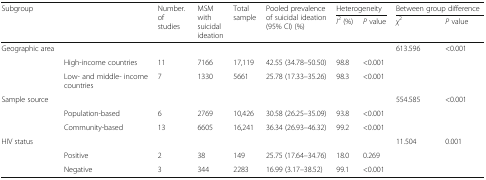
<table><thead><tr><td rowspan="2"><b>Subgroup</b></td><td rowspan="2"></td><td rowspan="2"><b>Number. of studies</b></td><td rowspan="2"><b>MSM with suicidal ideation</b></td><td rowspan="2"><b>Total sample</b></td><td rowspan="2"><b>Pooled prevalence of suicidal ideation (95% CI) (%)</b></td><td colspan="2"><b>Heterogeneity</b></td><td colspan="2"><b>Between group difference</b></td></tr><tr><td><b><i>I</i><sup>2</sup> (%)</b></td><td><b><i>P</i> value</b></td><td><b><i>χ</i><sup>2</sup></b></td><td><b><i>P</i> value</b></td></tr></thead><tbody><tr><td>Geographic area</td><td></td><td></td><td></td><td></td><td></td><td></td><td></td><td>613.596</td><td>&lt;0.001</td></tr><tr><td></td><td>High-income countries</td><td>11</td><td>7166</td><td>17,119</td><td>42.55 (34.78–50.50)</td><td>98.8</td><td>&lt;0.001</td><td></td><td></td></tr><tr><td></td><td>Low- and middle- income countries</td><td>7</td><td>1330</td><td>5661</td><td>25.78 (17.33–35.26)</td><td>98.3</td><td>&lt;0.001</td><td></td><td></td></tr><tr><td>Sample source</td><td></td><td></td><td></td><td></td><td></td><td></td><td></td><td>554.585</td><td>&lt;0.001</td></tr><tr><td></td><td>Population-based</td><td>6</td><td>2769</td><td>10,426</td><td>30.58 (26.25–35.09)</td><td>93.8</td><td>&lt;0.001</td><td></td><td></td></tr><tr><td></td><td>Community-based</td><td>13</td><td>6605</td><td>16,241</td><td>36.34 (26.93–46.32)</td><td>99.2</td><td>&lt;0.001</td><td></td><td></td></tr><tr><td>HIV status</td><td></td><td></td><td></td><td></td><td></td><td></td><td></td><td>11.504</td><td>0.001</td></tr><tr><td></td><td>Positive</td><td>2</td><td>38</td><td>149</td><td>25.75 (17.64–34.76)</td><td>18.0</td><td>0.269</td><td></td><td></td></tr><tr><td></td><td>Negative</td><td>3</td><td>344</td><td>2283</td><td>16.99 (3.17–38.52)</td><td>99.1</td><td>&lt;0.001</td><td></td><td></td></tr></tbody></table>